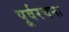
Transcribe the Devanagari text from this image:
पूर्वरचना